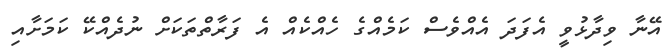
އޭނާ ވިދާޅުވީ އެފަދަ އެއްވެސް ކަމެއްގެ ހެއްކެއް އެ ފަރާތްތަކަށް ނުދެއްކޭ ކަމަށާއި